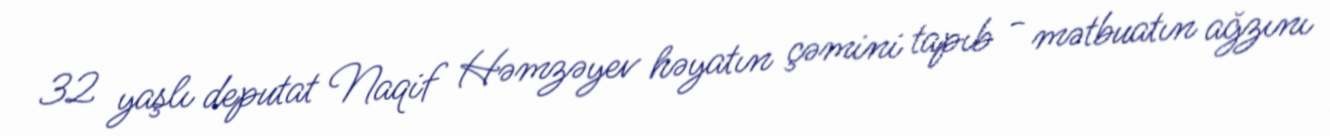
32 yaşlı deputat Naqif Həmzəyev həyatın çəmini tapıb - mətbuatın ağzını